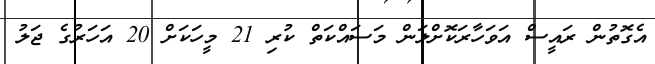
އެގޮތުން ރައީސް އަވަހާރަކޮށްލަން މަސައްކަތް ކުރި 21 މީހަކަށް 20 އަހަރުގެ ޖަލު